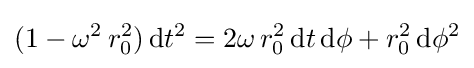
(1-\omega ^{2}\,r_{0}^{2})\,\mathrm {d} t^{2}=2\omega \,r_{0}^{2}\,\mathrm {d} t\,\mathrm {d} \phi +r_{0}^{2}\,\mathrm {d} \phi ^{2}